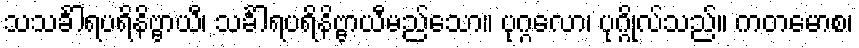
သသင်္ခါရပရိနိဗ္ဗာယီ၊ သင်္ခါရပရိနိဗ္ဗာယီမည်သော။ ပုဂ္ဂလော၊ ပုဂ္ဂိုလ်သည်။ ကတမောစ၊